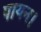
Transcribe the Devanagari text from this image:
पायन।